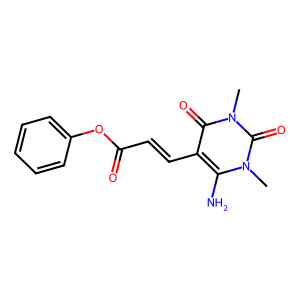
SMILES: Cn1c(N)c(C=CC(=O)Oc2ccccc2)c(=O)n(C)c1=O
Inhibits HIV replication: No